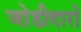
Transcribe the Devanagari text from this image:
जोडीदारों